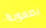
بصعوبة